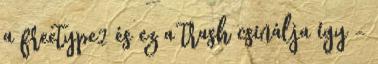
a freetype2 és ez a trash csinálja így -